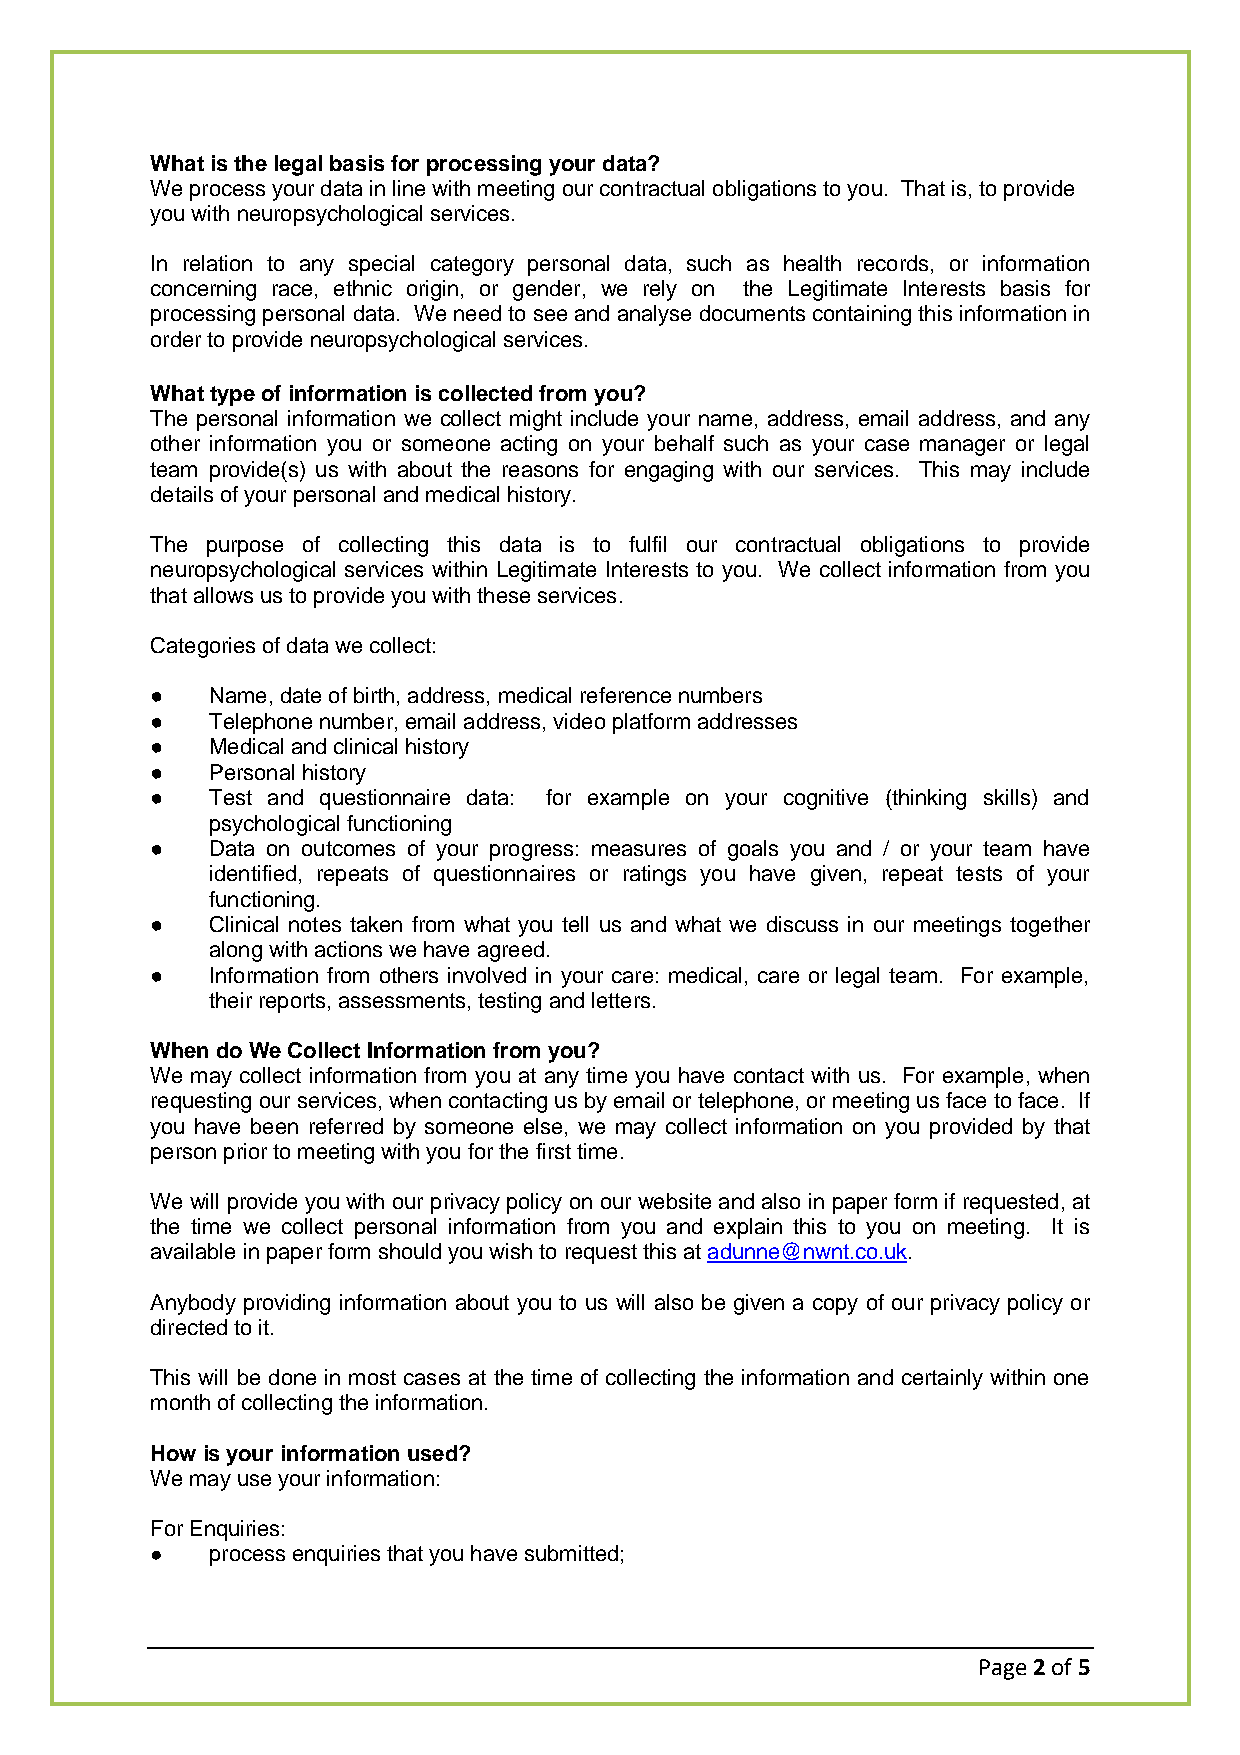
What is the legal basis for processing your data?
 We process your data in line with meeting our contractual obligations to you. That is, to provide
 you with neuropsychological services.
 In relation to any special category personal data, such as health records, or information
 concerning race, ethnic origin, or gender, we rely on the Legitimate Interests basis for
 processing personal data. We need to see and analyse documents containing this information in
 order to provide neuropsychological services.
 What type of information is collected from you?
 The personal information we collect might include your name, address, email address, and any
 other information you or someone acting on your behalf such as your case manager or legal
 team provide(s) us with about the reasons for engaging with our services. This may include
 details of your personal and medical history.
 The purpose of collecting this data is to fulfil our contractual obligations to provide
 neuropsychological services within Legitimate Interests to you. We collect information from you
 that allows us to provide you with these services.
 Categories of data we collect:
 ●   Name, date of birth, address, medical reference numbers
 ●   Telephone number, email address, video platform addresses
 ●   Medical and clinical history
 ●   Personal history
 ●   Test and questionnaire data: for example on your cognitive (thinking skills) and
 psychological functioning
 ●   Data on outcomes of your progress: measures of goals you and / or your team have
 identified, repeats of questionnaires or ratings you have given, repeat tests of your
 functioning.
 ●   Clinical notes taken from what you tell us and what we discuss in our meetings together
 along with actions we have agreed.
 ●   Information from others involved in your care: medical, care or legal team. For example,
 their reports, assessments, testing and letters.
 When do We Collect Information from you?
 We may collect information from you at any time you have contact with us. For example, when
 requesting our services, when contacting us by email or telephone, or meeting us face to face. If
 you have been referred by someone else, we may collect information on you provided by that
 person prior to meeting with you for the first time.
 We will provide you with our privacy policy on our website and also in paper form if requested, at
 the time we collect personal information from you and explain this to you on meeting. It is
 available in paper form should you wish to request this at adunne@nwnt.co.uk.
 Anybody providing information about you to us will also be given a copy of our privacy policy or
 directed to it.
 This will be done in most cases at the time of collecting the information and certainly within one
 month of collecting the information.
 How is your information used?
 We may use your information:
 For Enquiries:
 ●   process enquiries that you have submitted;
 Page 2 of 5